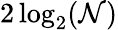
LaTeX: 2\log_{2}(\mathcal{N})